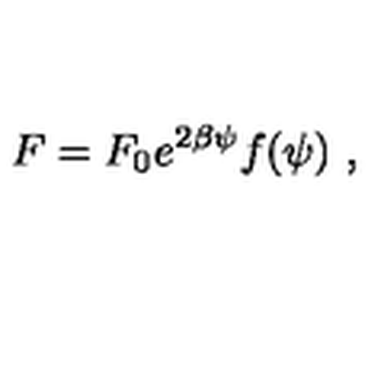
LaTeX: F = F _ { 0 } e ^ { 2 \beta \psi } f ( \psi ) \ ,